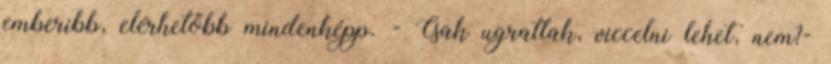
emberibb, elérhetőbb mindenképp. - Csak ugratlak, viccelni lehet, nem?-